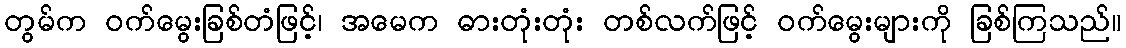
တွမ်က ဝက်မွေးခြစ်တံဖြင့်၊ အမေက ဓားတုံးတုံး တစ်လက်ဖြင့် ဝက်မွေးများကို ခြစ်ကြသည်။